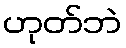
ဟုတ်ဘဲ